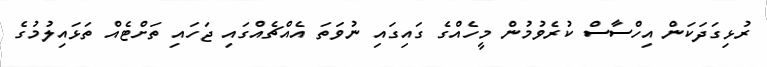
ރުޅިގަދަކަން އިހްސާސް ކުރެވުމުން މީހެއްގެ ގައިގައި ނުވަތަ އެއްޗެއްގައި ޖަހައި ތަށްޓެއް ތަޅައިލުމުގެ